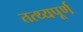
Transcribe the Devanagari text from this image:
तत्थ्यपूर्ण